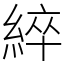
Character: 綷